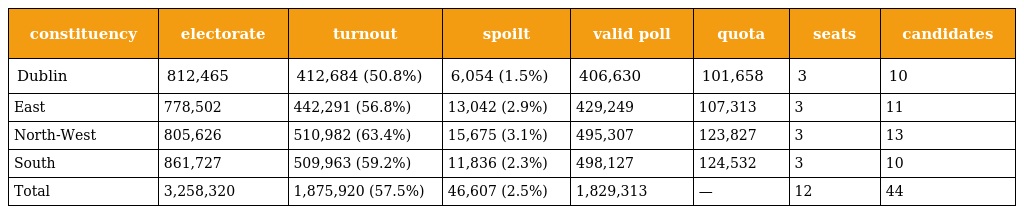
| constituency | electorate | turnout | spoilt | valid poll | quota | seats | candidates |
 | --- | --- | --- | --- | --- | --- | --- | --- |
 | Dublin | 812,465 | 412,684 (50.8%) | 6,054 (1.5%) | 406,630 | 101,658 | 3 | 10 |
 | East | 778,502 | 442,291 (56.8%) | 13,042 (2.9%) | 429,249 | 107,313 | 3 | 11 |
 | North-West | 805,626 | 510,982 (63.4%) | 15,675 (3.1%) | 495,307 | 123,827 | 3 | 13 |
 | South | 861,727 | 509,963 (59.2%) | 11,836 (2.3%) | 498,127 | 124,532 | 3 | 10 |
 | Total | 3,258,320 | 1,875,920 (57.5%) | 46,607 (2.5%) | 1,829,313 | — | 12 | 44 |